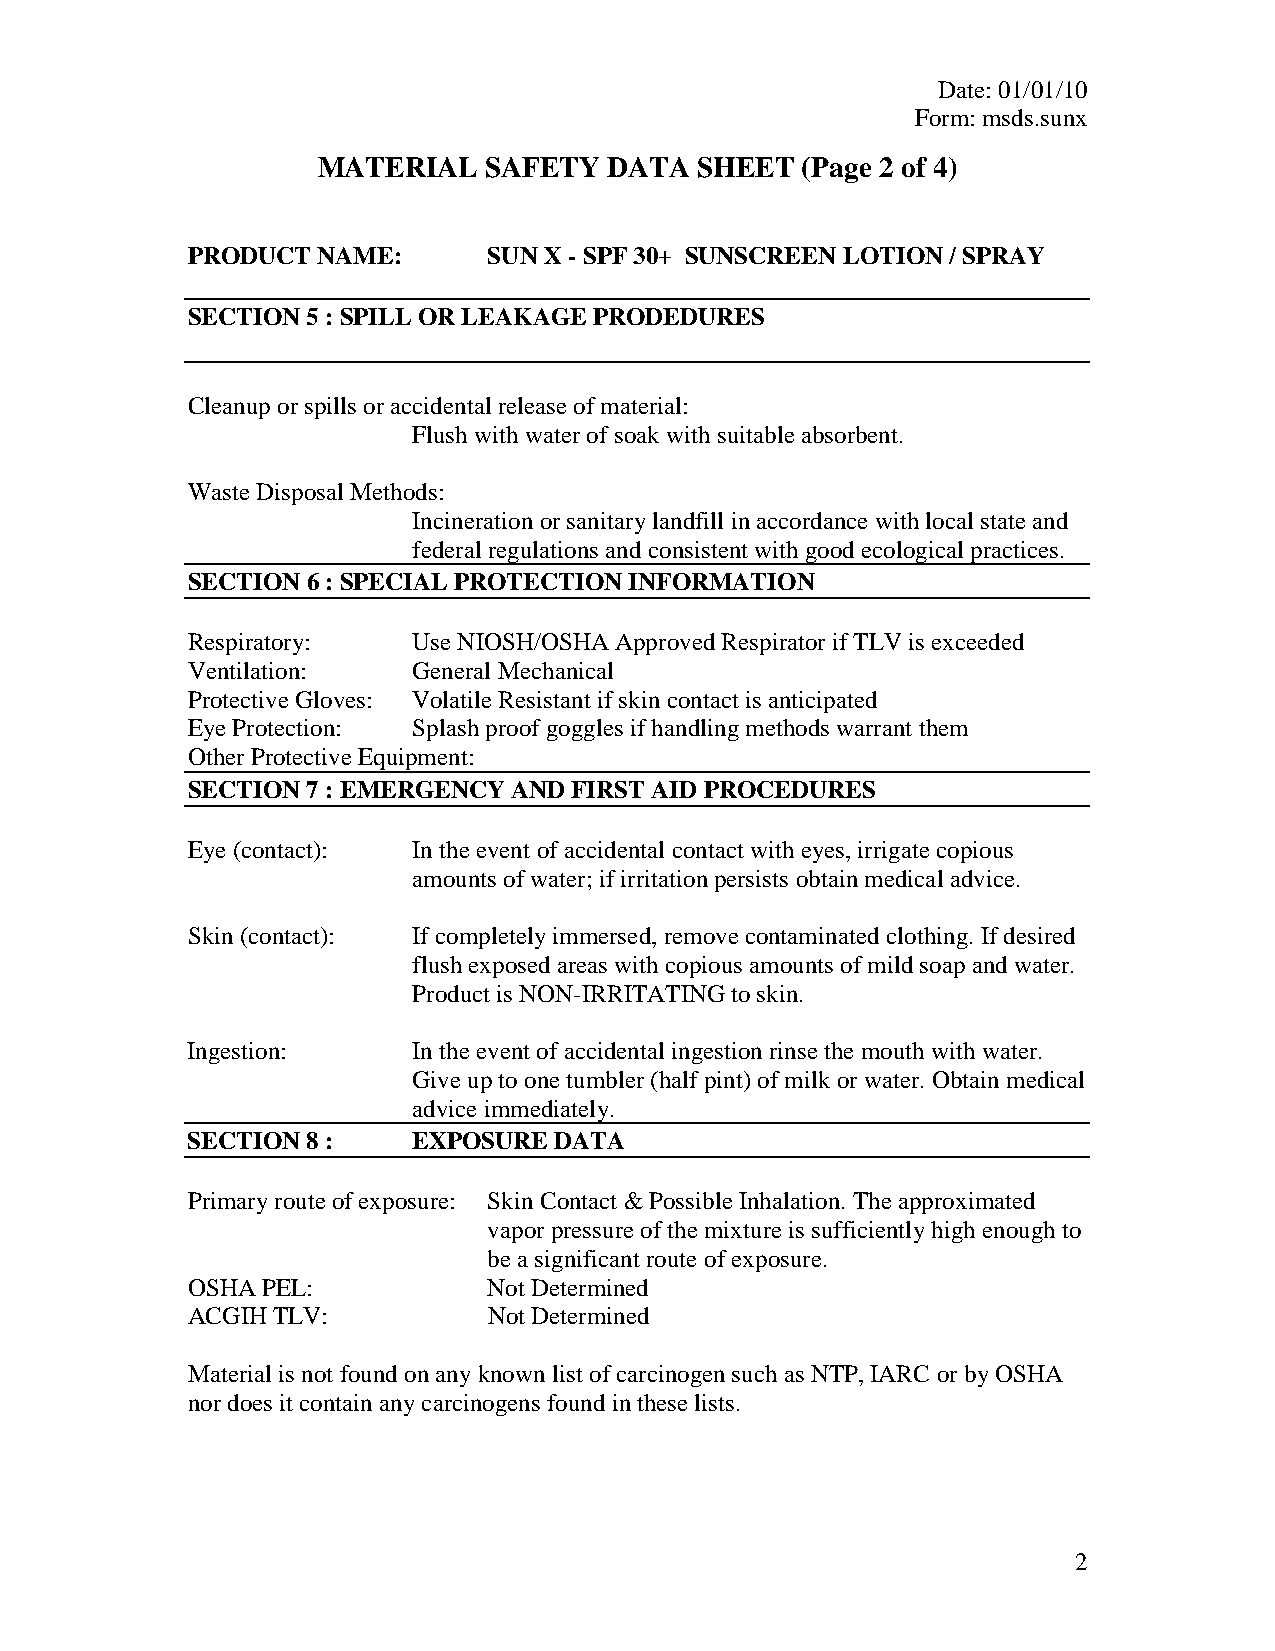
Date: 01/01/10
 Form: msds.sunx
 MATERIAL   SAFETY  DATA  SHEET  (Page 2 of 4)
 PRODUCT  NAME:      SUN X - SPF 30+ SUNSCREEN LOTION / SPRAY
 SECTION 5 : SPILL OR LEAKAGE PRODEDURES
 Cleanup or spills or accidental release of material:
 Flush with water of soak with suitable absorbent.
 Waste Disposal Methods:
 Incineration or sanitary landfill in accordance with local state and
 federal regulations and consistent with good ecological practices.
 SECTION 6 : SPECIAL PROTECTION INFORMATION
 Respiratory:   Use NIOSH/OSHA Approved Respirator if TLV is exceeded
 Ventilation:   General Mechanical
 Protective Gloves: Volatile Resistant if skin contact is anticipated
 Eye Protection: Splash proof goggles if handling methods warrant them
 Other Protective Equipment:
 SECTION 7 : EMERGENCY AND FIRST AID PROCEDURES
 Eye (contact): In the event of accidental contact with eyes, irrigate copious
 amounts of water; if irritation persists obtain medical advice.
 Skin (contact): If completely immersed, remove contaminated clothing. If desired
 flush exposed areas with copious amounts of mild soap and water.
 Product is NON-IRRITATING to skin.
 Ingestion:     In the event of accidental ingestion rinse the mouth with water.
 Give up to one tumbler (half pint) of milk or water. Obtain medical
 advice immediately.
 SECTION 8 :    EXPOSURE  DATA
 Primary route of exposure: Skin Contact & Possible Inhalation. The approximated
 vapor pressure of the mixture is sufficiently high enough to
 be a significant route of exposure.
 OSHA PEL:           Not Determined
 ACGIH TLV:          Not Determined
 Material is not found on any known list of carcinogen such as NTP, IARC or by OSHA
 nor does it contain any carcinogens found in these lists.
 2